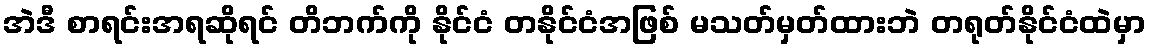
အဲဒီ စာရင်းအရဆိုရင် တိဘက်ကို နိုင်ငံ တနိုင်ငံအဖြစ် မသတ်မှတ်ထားဘဲ တရုတ်နိုင်ငံထဲမှာ